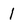
Character: 1